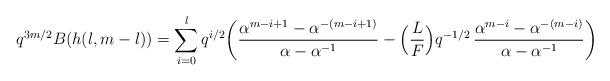
LaTeX: \begin{align*} q^{3m/2}B(h(l,m-l))=\sum_{i=0}^lq^{i/2}\bigg(\frac{\alpha^{m-i+1}-\alpha^{-(m-i+1)}}{\alpha-\alpha^{-1}} -\Big(\frac{L}{F}\Big) q^{-1/2}\,\frac{\alpha^{m-i}-\alpha^{-(m-i)}}{\alpha-\alpha^{-1}}\bigg) \end{align*}